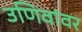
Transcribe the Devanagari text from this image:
उणिवांवर